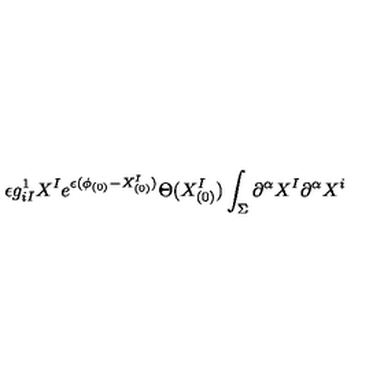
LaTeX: \epsilon g _ { i I } ^ { 1 } X ^ { I } e ^ { \epsilon ( \phi _ { ( 0 ) } - X _ { ( 0 ) } ^ { I } ) } \Theta ( X _ { ( 0 ) } ^ { I } ) \int _ { \Sigma } \partial ^ { \alpha } X ^ { I } \partial ^ { \alpha } X ^ { i }